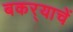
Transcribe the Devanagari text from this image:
बकर्‍याचें